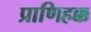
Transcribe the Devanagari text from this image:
प्राणिहक्क